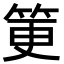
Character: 筻